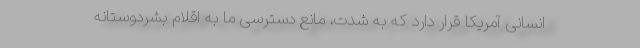
انسانی آمریکا قرار دارد که به شدت، مانع دسترسی ما به اقلام بشردوستانه